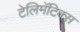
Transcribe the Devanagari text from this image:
टेलिमॅटिक्स